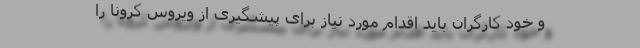
و خود کارگران باید اقدام مورد نیاز برای پیشگیری از ویروس کرونا را